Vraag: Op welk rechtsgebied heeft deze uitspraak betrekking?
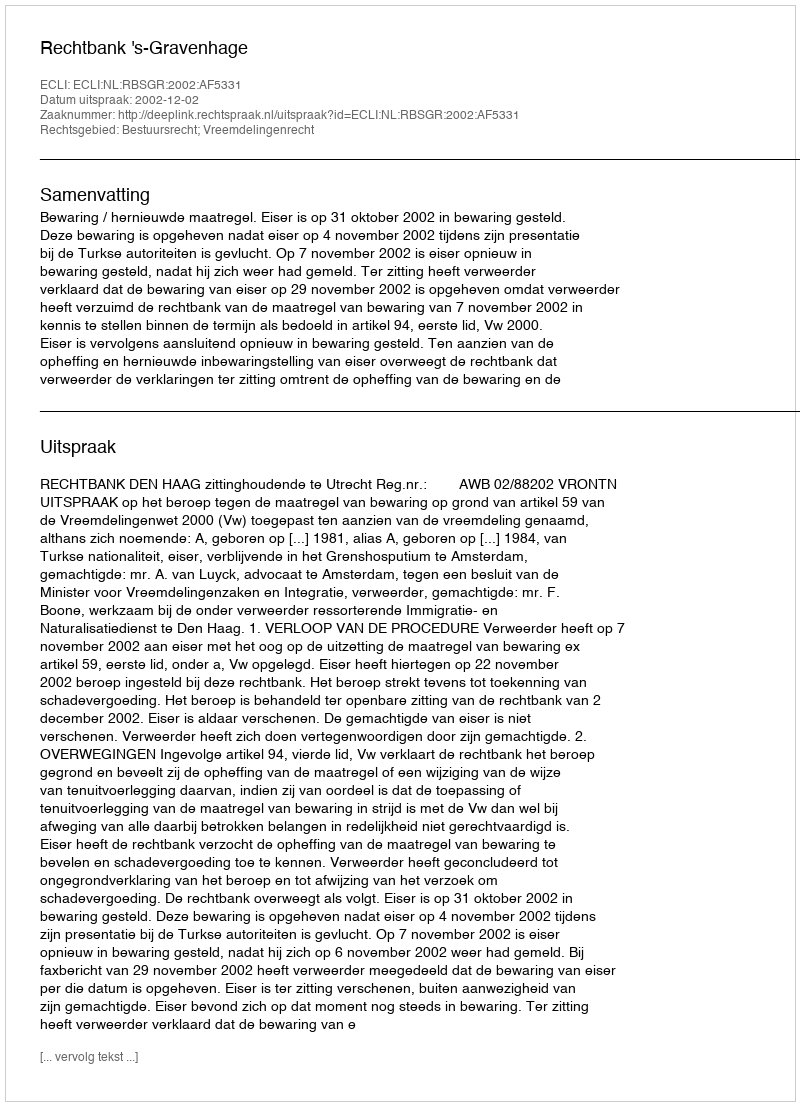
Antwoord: Bestuursrecht; Vreemdelingenrecht